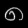
Digit: ၈